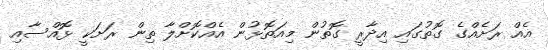
އެއް ރަށެއްގެ ގޮތުގައި އިދާރީ ގޮތުން މިއަތޮޅުން އެއްކޮށްލާ ތިން ރަށަކީ ޅޮއްސާއި